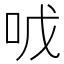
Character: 𱒐